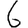
Digit: 6